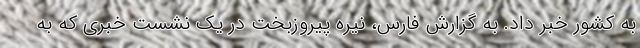
به کشور خبر داد. به گزارش فارس، نیره پیروزبخت در یک نشست خبری که به